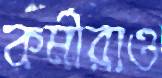
কর্মীরাও